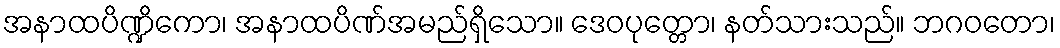
အနာထပိဏ္ဍိကော၊ အနာထပိဏ်အမည်ရှိသော။ ဒေဝပုတ္တော၊ နတ်သားသည်။ ဘဂဝတော၊